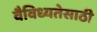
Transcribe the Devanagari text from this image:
वैविध्यतेसाठी